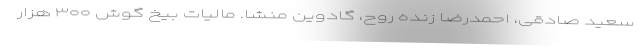
سعید صادقی، احمدرضا زنده روح، گادوین منشا. مالیات بیخ گوش ۳۰۰ هزار